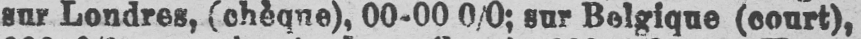
00-00 0/0; sur Belgique (court),